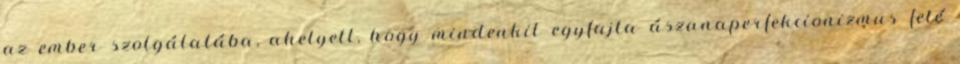
az ember szolgálatába, ahelyett, hogy mindenkit egyfajta ászanaperfekcionizmus felé